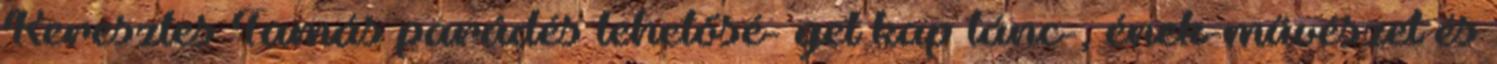
Keresztes Tamás parádés lehetősé- get kap tánc-, ének-művészet és